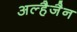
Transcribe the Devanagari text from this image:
अल्हैजैन